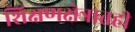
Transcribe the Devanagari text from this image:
शिक्षणक्षेत्रातही